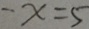
- x = 5